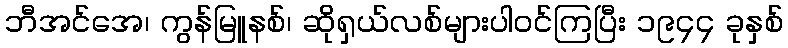
ဘီအင်အေ၊ ကွန်မြူနစ်၊ ဆိုရှယ်လစ်များပါဝင်ကြပြီး ၁၉၄၄ ခုနှစ်